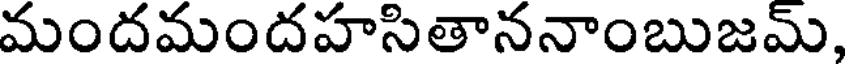
మందమందహసితాననాంబుజమ్,